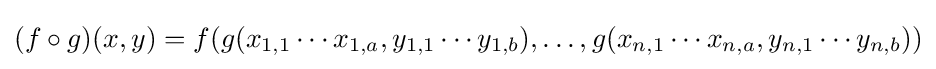
(f\circ g)(x,y)=f(g(x_{1,1}\cdots x_{1,a},y_{1,1}\cdots y_{1,b}),\dots ,g(x_{n,1}\cdots x_{n,a},y_{n,1}\cdots y_{n,b}))